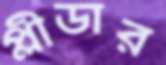
প্লীডার